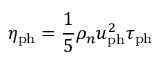
\eta _ { \mathrm { p h } } = \frac { 1 } { 5 } \rho _ { n } u _ { \mathrm { p h } } ^ { 2 } \tau _ { \mathrm { p h } }